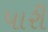
પારી